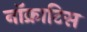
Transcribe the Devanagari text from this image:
नॉक्राटिस